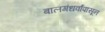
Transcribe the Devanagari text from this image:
बालगंधर्वांपासून